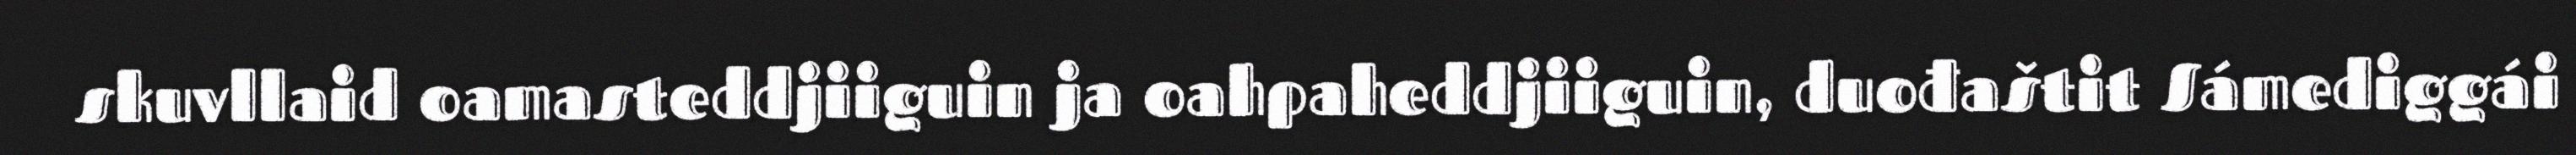
skuvllaid oamasteddjiiguin ja oahpaheddjiiguin, duođaštit Sámediggái